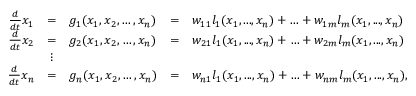
\begin{array} { r c l c l } { \frac { d } { d t } x _ { 1 } } & { = } & { g _ { 1 } ( x _ { 1 } , x _ { 2 } , \ldots , x _ { n } ) } & { = } & { w _ { 1 1 } l _ { 1 } ( x _ { 1 } , . . . , x _ { n } ) + \ldots + w _ { 1 m } l _ { m } ( x _ { 1 } , . . . , x _ { n } ) } \\ { \frac { d } { d t } x _ { 2 } } & { = } & { g _ { 2 } ( x _ { 1 } , x _ { 2 } , \ldots , x _ { n } ) } & { = } & { w _ { 2 1 } l _ { 1 } ( x _ { 1 } , . . . , x _ { n } ) + \ldots + w _ { 2 m } l _ { m } ( x _ { 1 } , . . . , x _ { n } ) } \\ & { \vdots } & \\ { \frac { d } { d t } x _ { n } } & { = } & { g _ { n } ( x _ { 1 } , x _ { 2 } , \ldots , x _ { n } ) } & { = } & { w _ { n 1 } l _ { 1 } ( x _ { 1 } , . . . , x _ { n } ) + \ldots + w _ { n m } l _ { m } ( x _ { 1 } , . . . , x _ { n } ) , } \end{array}